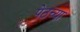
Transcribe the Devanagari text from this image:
पेठच्या